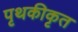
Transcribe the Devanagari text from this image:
पृथकीकृत